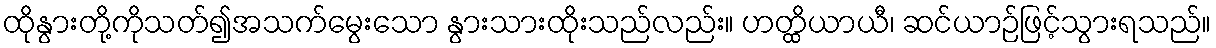
ထိုနွားတို့ကိုသတ်၍အသက်မွေးသော နွားသားထိုးသည်လည်း။ ဟတ္ထိယာယီ၊ ဆင်ယာဉ်ဖြင့်သွားရသည်။